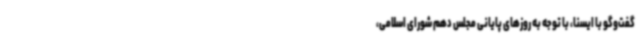
گفت‌وگو با ایسنا، با توجه به روزهای پایانی مجلس دهم شورای اسلامی،